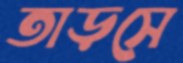
তাড়সে